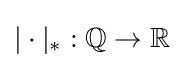
|\cdot |_{*}:\mathbb {Q} \to \mathbb {R}